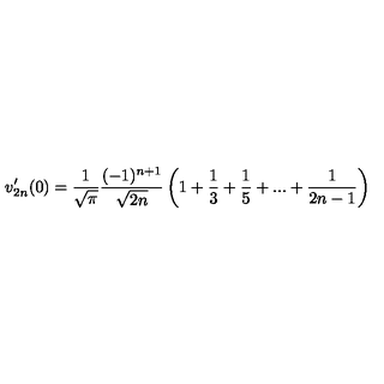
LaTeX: v _ { 2 n } ^ { \prime } ( 0 ) = \frac { 1 } { \sqrt { \pi } } \frac { ( - 1 ) ^ { n + 1 } } { \sqrt { 2 n } } \left( 1 + \frac { 1 } { 3 } + \frac { 1 } { 5 } + . . . + \frac { 1 } { 2 n - 1 } \right)